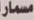
مسمار